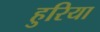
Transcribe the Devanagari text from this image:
हुरिया